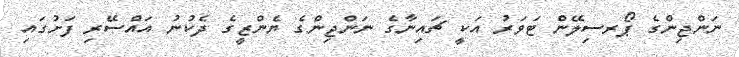
ނަންޖިންގެ ޕޯރސިލޭން ޓަވަރު އަކީ ޗައިނާގެ ނަންޖިންގެ ޔެންޒީގެ ދެކުނު އައްސޭރި ފަށުގައި